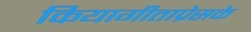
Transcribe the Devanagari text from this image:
कियागीताप्रेसके